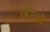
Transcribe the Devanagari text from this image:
व्हीलों